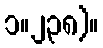
၁။၂၃၈)။